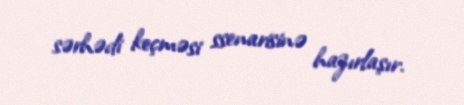
sərhədi keçməsi ssenarisinə hazırlaşır.